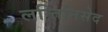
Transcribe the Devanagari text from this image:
लन्तिनिसेद